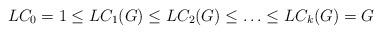
LaTeX: \begin{align*}LC_0=1\leq LC_1(G)\leq LC_2(G)\leq\ldots\leq LC_k(G)=G\end{align*}